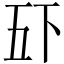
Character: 𫡲